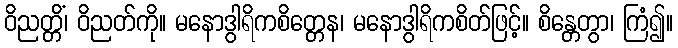
ဝိညတ္တိံ၊ ဝိညတ်ကို။ မနောဒွါရိကစိတ္တေန၊ မနောဒွါရိကစိတ်ဖြင့်။ စိန္တေတွာ၊ ကြံ၍။